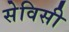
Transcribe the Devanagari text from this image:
सेविसी